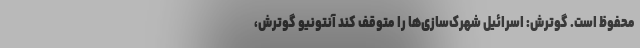
محفوظ است. گوترش: اسرائيل شهرک‌سازی‌ها را متوقف کند آنتونیو گوترش،